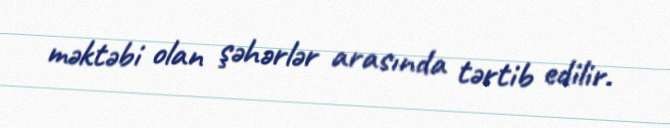
məktəbi olan şəhərlər arasında tərtib edilir.